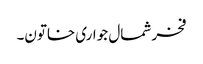
فخر شمال جواری خاتون۔